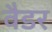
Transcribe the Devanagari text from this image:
वैडर